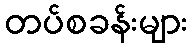
တပ်စခန်းများ